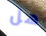
هل